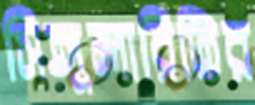
সিঙ্গুলারিটির